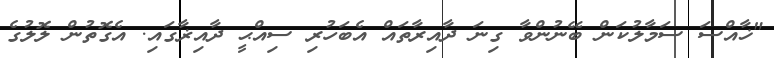
"ޚާއްސަ ސަމާލުކަން ބޭނުންވާ ގިނަ ދާއިރާތައް އެބަހުރި ސިއްޙީ ދާއިޜާގައި. އެގޮތުން ލޮލުގެ